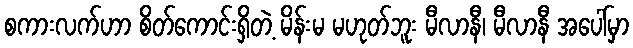
စကားလက်ဟာ စိတ်ကောင်းရှိတဲ့ မိန်းမ မဟုတ်ဘူး မီလာနီ၊ မီလာနီ အပေါ်မှာ